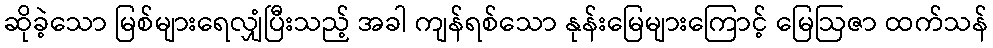
ဆိုခဲ့သော မြစ်များရေလျှံပြီးသည့် အခါ ကျန်ရစ်သော နုန်းမြေများကြောင့် မြေဩဇာ ထက်သန်